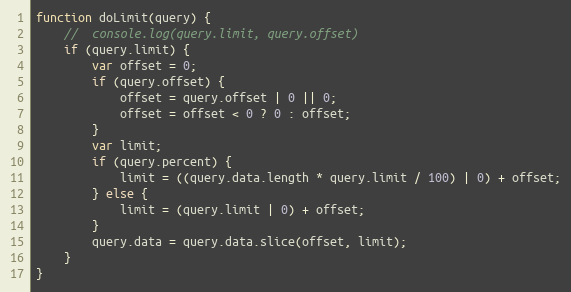
Language: JavaScript
function doLimit(query) {
	//	console.log(query.limit, query.offset)
	if (query.limit) {
		var offset = 0;
		if (query.offset) {
			offset = query.offset | 0 || 0;
			offset = offset < 0 ? 0 : offset;
		}
		var limit;
		if (query.percent) {
			limit = ((query.data.length * query.limit / 100) | 0) + offset;
		} else {
			limit = (query.limit | 0) + offset;
		}
		query.data = query.data.slice(offset, limit);
	}
}